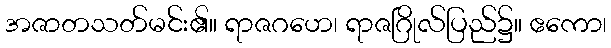
အဇာတသတ်မင်း၏။ ရာဇဂဟေ၊ ရာဇဂြိုလ်ပြည်၌။ ဧကော၊